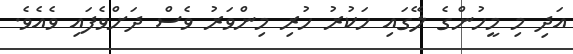
އަދި މި މީހުންގެ ލޭގައި ހަކުރު ހުރި މިންވަރު ވެސް ދަށްވެފައި ވެއެވެ.